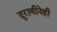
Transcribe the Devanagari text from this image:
दुराणीनेही